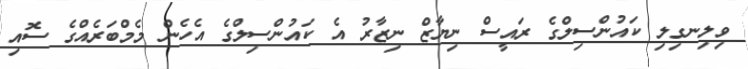
ވިލިނގިލި ކައުންސިލްގެ ރައީސް ނިޔާޒް ނިޒާރު އެ ކައުންސިލްގެ އެހެން މެމްބަރެއްގެ ސޮއި